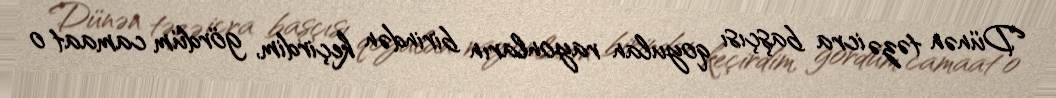
Dünən təzə icra başçısı qoyulan rayonların birindən keçirdim, gördüm camaat o